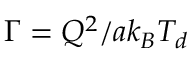
\Gamma = { Q ^ { 2 } } / { a { k _ { B } } { T _ { d } } }